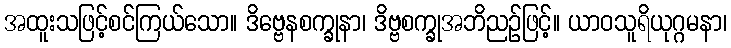
အထူးသဖြင့်စင်ကြယ်သော။ ဒိဗ္ဗေနစက္ခုနာ၊ ဒိဗ္ဗစက္ခုအဘိညဉ်ဖြင့်။ ယာဝသူရိယုဂ္ဂမနာ၊